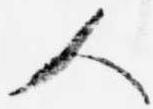
人